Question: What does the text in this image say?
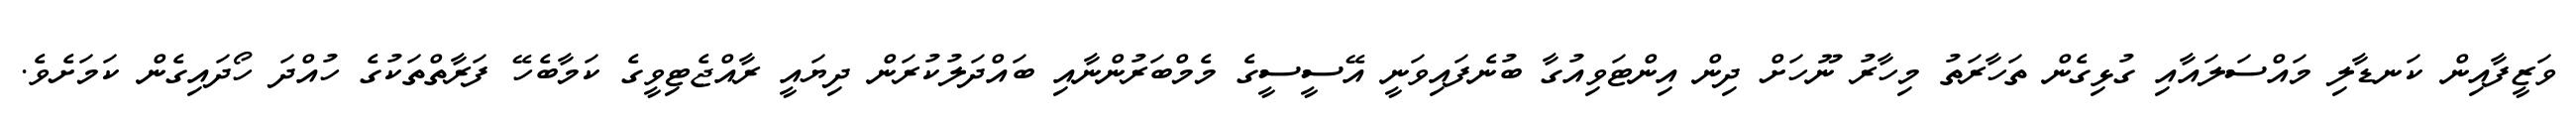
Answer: ވަޒީފާއިން ކަނޑާލި މައްސަލައާއި ގުޅިގެން ތަހާރަތު މިހާރު ނޫހަށް ދިން އިންޓަވިއުގާ ބުނެފައިވަނީ އޭސީސީގެ މެމްބަރުންނާއި ބައްދަލުކުރަން ދިޔައީ ރާއްޖެޓިވީގެ ކަމާބެހޭ ފަރާތްތަކުގެ ހުއްދަ ހޯދައިގެން ކަމަށެވެ.